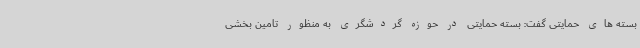
بسته های حمایتی گفت: بسته حمایتی در حوزه گردشگری به منظور تامین بخشی